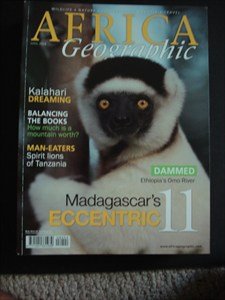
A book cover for AFRICA Geographic - April 2008 - Kalahari - Zanzania - Madagascar - Ethiopia - Orno River - Wildlife - Nature - Conservation - People - Travel; Travel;